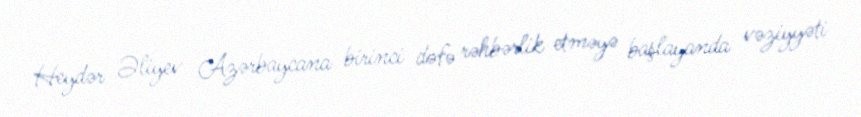
Heydər Əliyev Azərbaycana birinci dəfə rəhbərlik etməyə başlayanda vəziyyəti